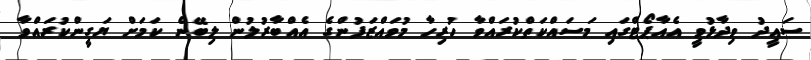
ސައީދު ވިދާޅުވީ އެއާޕޯޓްގައި މަސައްކަތްކުރައްވާ ހުރިހާ މުވައްޒަފުންގެ އެއްބާރުލުން ލިބޭނެ ކަމަށް ޔަގީންކުރައްވާ